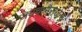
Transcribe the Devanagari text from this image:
जयचामराजेन्द्र